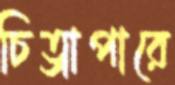
চিত্রাপারে